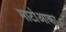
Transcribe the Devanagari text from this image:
माटोआका